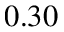
0 . 3 0